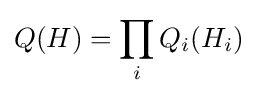
Q(H)=\prod _{i}Q_{i}(H_{i})